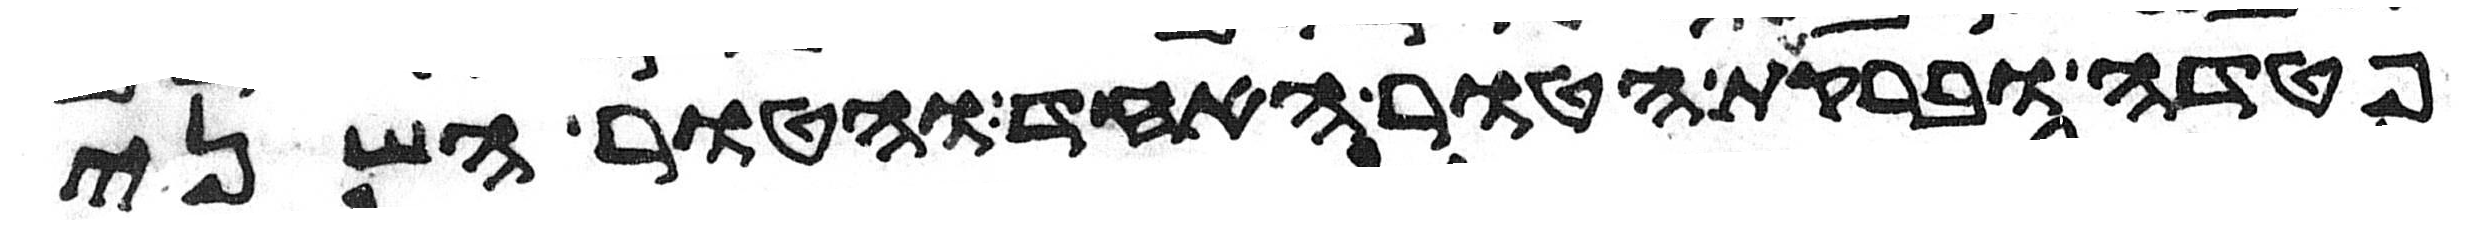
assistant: פטדה וברקת הטור האחד והטור השני